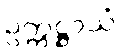
ဥက္ကဋ္ဌာယံ